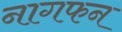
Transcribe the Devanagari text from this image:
नागफन